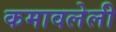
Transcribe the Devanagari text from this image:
कमावलेली